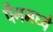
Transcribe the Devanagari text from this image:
पैनमध्ये